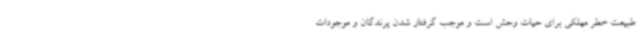
طبیعت خطر مهلکی برای حیات وحش است و موجب گرفتار شدن پرندگان و موجودات